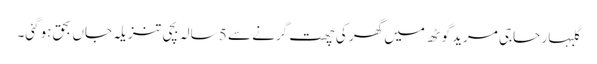
گلبہار حاجی مرید گوٹھ میں گھر کی چھت گرنے سے 5 سالہ بچی تنزیلہ جاں بحق ہوگئی۔